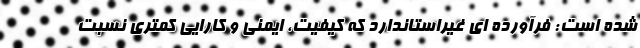
شده است: فرآورده ای غیراستاندارد که کیفیت، ایمنی و کارایی کمتری نسبت